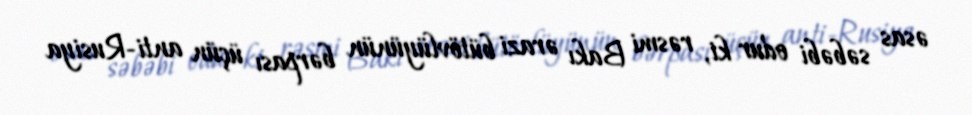
əsas səbəbi odur ki, rəsmi Bakı ərazi bütövlüyünün bərpası üçün anti-Rusiya